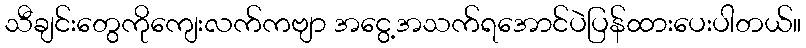
သီချင်းတွေကိုကျေးလက်ကဗျာ အငွေ့အသက်ရအောင်ပဲပြန်ထားပေးပါတယ်။